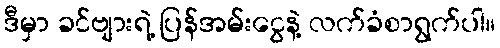
ဒီမှာ ခင်ဗျားရဲ့ ပြန်အမ်းငွေနဲ့ လက်ခံစာရွက်ပါ။